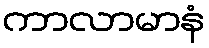
ကာလာမာနံ